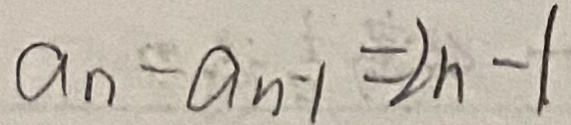
a _ { n } - a _ { n } - 1 = 2 n - 1